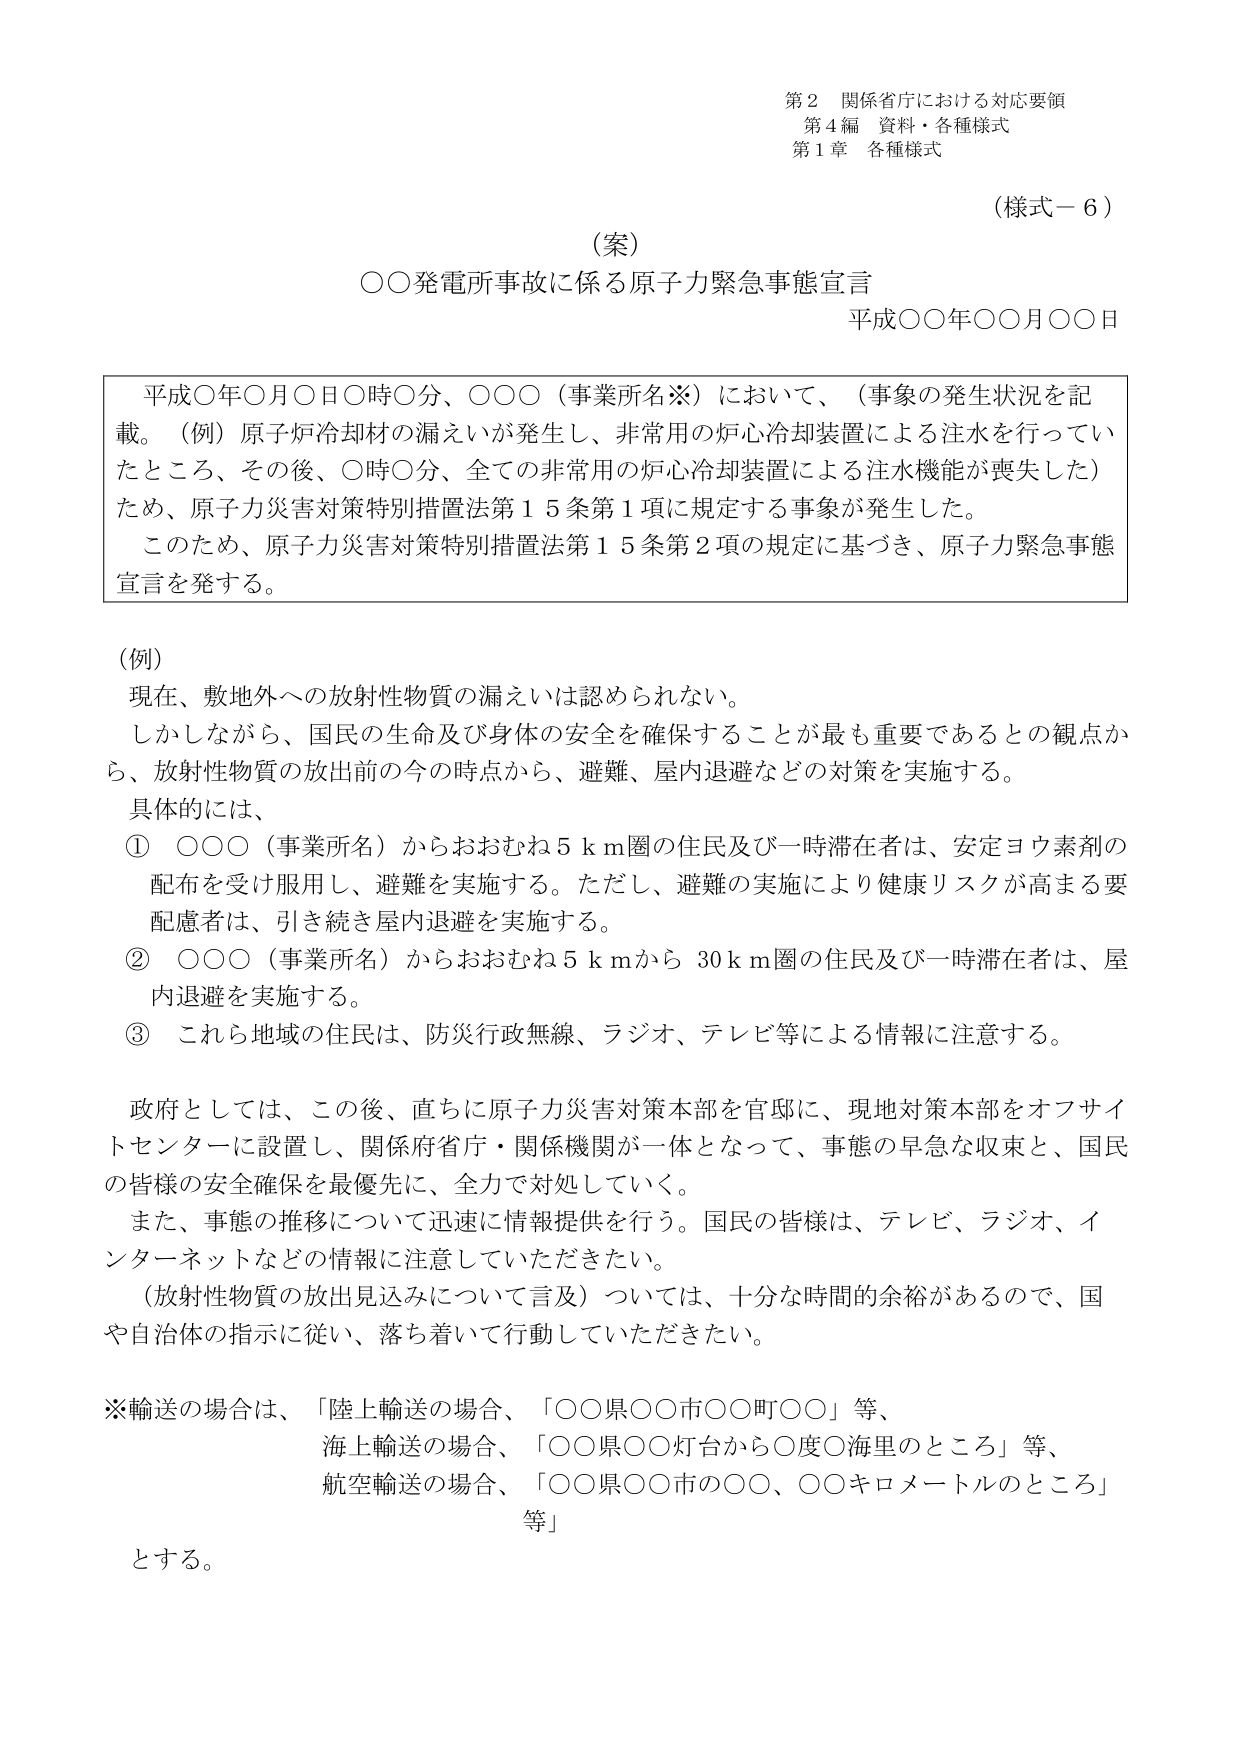
第２ 関係省庁における対応要領
第４編 資料・各種様式
第１章 各種様式

（様式－６）

（案）
○○発電所事故に係る原子力緊急事態宣言
平成○○年○○月○○日

平成○年○月○日○時○分、○○○（事業所名※）において、（事象の発生状況を記載。（例）原子炉冷却材の漏えいが発生し、非常用の炉心冷却装置による注水を行っていたところ、その後、○時○分、全ての非常用の炉心冷却装置による注水機能が喪失した）ため、原子力災害対策特別措置法第１５条第１項に規定する事象が発生した。
このため、原子力災害対策特別措置法第１５条第２項の規定に基づき、原子力緊急事態宣言を発する。

（例）
現在、敷地外への放射性物質の漏えいは認められない。
しかしながら、国民の生命及び身体の安全を確保することが最も重要であるとの観点から、放射性物質の放出前の今の時点から、避難、屋内退避などの対策を実施する。
具体的には、
① ○○○（事業所名）からおおむね５ｋｍ圏の住民及び一時滞在者は、安定ヨウ素剤の配布を受け服用し、避難を実施する。ただし、避難の実施により健康リスクが高まる要配慮者は、引き続き屋内退避を実施する。
② ○○○（事業所名）からおおむね５ｋｍから３０ｋｍ圏の住民及び一時滞在者は、屋内退避を実施する。
③ これら地域の住民は、防災行政無線、ラジオ、テレビ等による情報に注意する。

政府としては、この後、直ちに原子力災害対策本部を官邸に、現地対策本部をオフサイトセンターに設置し、関係府省庁・関係機関が一体となって、事態の早急な収束と、国民の皆様の安全確保を最優先に、全力で対処していく。
また、事態の推移について迅速に情報提供を行う。国民の皆様は、テレビ、ラジオ、インターネットなどの情報に注意していただきたい。
（放射性物質の放出見込みについて言及）については、十分な時間の余裕があるので、国や自治体の指示に従い、落ち着いて行動していただきたい。

※輸送の場合は、「陸上輸送の場合、「○○県○○市○○町○○」等、
海上輸送の場合、「○○県○○灯台から○度○海里のところ」等、
航空輸送の場合、「○○県○○市の○○、○○キロメートルのところ」
等」
とする。